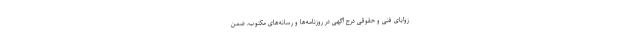
زوایای فنی و حقوقی درج آگهی در روزنامه‌ها و رسانه‌های مکتوب، ضمن